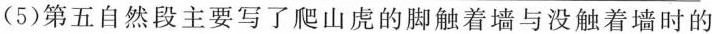
(5)第五自然段主要写了爬山虞的脚触着墙与没触着墙时的